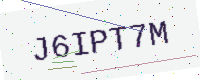
Text: J6IPT7M